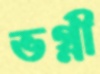
ভগ্নী